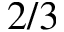
2 / 3